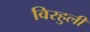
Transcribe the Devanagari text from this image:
विरहुली